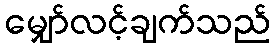
မျှော်လင့်ချက်သည်